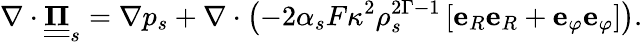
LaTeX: \nabla\cdot\underline{{\underline{{\mathbf{\Pi}}}}}_{s}=\nabla p_{s}+\nabla\cdot\left(-2\alpha_{s}F\kappa^{2}\rho_{s}^{2\Gamma-1}\left[\mathbf{e}_{R}\mathbf{e}_{R}+\mathbf{e}_{\varphi}\mathbf{e}_{\varphi}\right]\right).